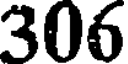
306